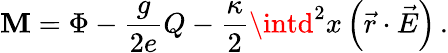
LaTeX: \mathbf{M}=\Phi-{\frac{{g}}{{2e}}}Q-{\frac{{\kappa}}{{2}}}\intd^{2}x\left(\vec{{r}}\cdot\vec{{E}}\right)\, .